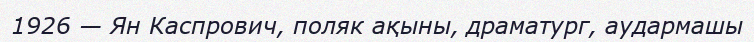
1926 — Ян Каспрович, поляк ақыны, драматург, аудармашы